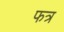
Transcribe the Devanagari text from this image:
फत्र